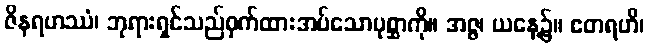
ဇိနရဟဿံ၊ ဘုရားရှင်သည်ဝှက်ထားအပ်သောပုစ္ဆာကို။ အဇ္ဇ၊ ယနေ့၌။ ဧတရဟိ၊